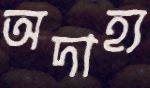
অদাহ্য